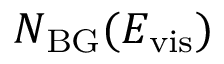
N _ { \mathrm { B G } } ( E _ { \mathrm { v i s } } )